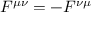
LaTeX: F ^ { \mu \nu } = - F ^ { \nu \mu }